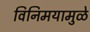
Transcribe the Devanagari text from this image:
विनिमयामुळे